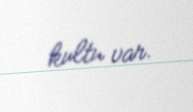
kultu var.